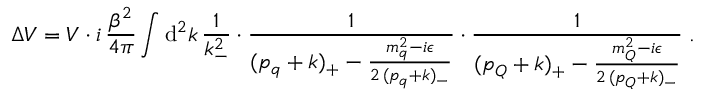
\Delta V = V \cdot i \, \frac { \beta ^ { 2 } } { 4 \pi } \int \mathrm { d } ^ { 2 } k \, \frac { 1 } { k _ { - } ^ { 2 } } \cdot \frac { 1 } { ( p _ { q } + k ) _ { + } - \frac { m _ { q } ^ { 2 } - i \epsilon } { 2 \, ( p _ { q } + k ) _ { - } } } \cdot \frac { 1 } { ( p _ { Q } + k ) _ { + } - \frac { m _ { Q } ^ { 2 } - i \epsilon } { 2 \, ( p _ { Q } + k ) _ { - } } } \; .